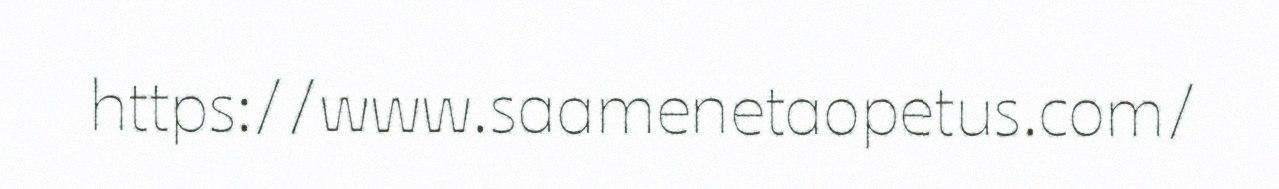
https://www.saamenetaopetus.com/